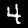
Label: 4